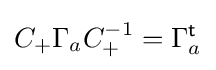
C_{+}\Gamma _{a}C_{+}^{-1}=\Gamma _{a}^{\textsf {t}}